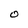
Character: c